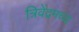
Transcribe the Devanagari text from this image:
त्रिवेंद्रमच्या